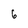
Character: 6